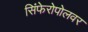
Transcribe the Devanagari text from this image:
सिंफेरोपोलवर